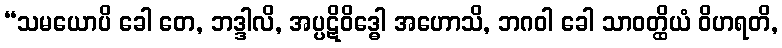
“သမယောပိ ခေါ တေ, ဘဒ္ဒါလိ, အပ္ပဋိဝိဒ္ဓေါ အဟောသိ, ဘဂဝါ ခေါ သာဝတ္ထိယံ ဝိဟရတိ,